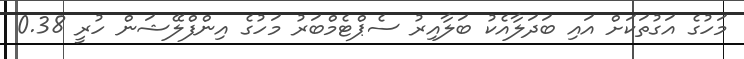
މަހުގެ އަގުތަކަށް އައި ބަދަލާއެކު ބަލާއިރު ސެޕްޓެމްބަރު މަހުގެ އިންފްލޭޝަން ހުރީ 0.38